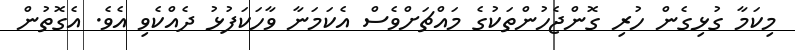
މިކަމާ ގުޅިގެން ހުރި ގޮންޖެހުންތަކުގެ މައްޗަށްވެސް އެކަމަނާ ވާހަކަފުޅު ދެއްކެވި އެވެ. އެގޮތުން